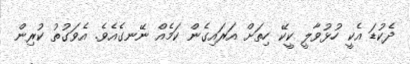
ދެކުޑަ އެކީ ހުޅުވާލީ ކީކޭ ހިތަށް އަރައިގެން ކަމެއް ނޭނގެއެވެ. އެވަގުތު ކުރިން